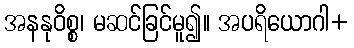
အနနုဝိစ္စ၊ မဆင်ခြင်မူ၍။ အပရိယောဂါ+